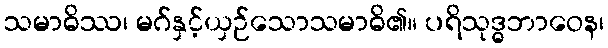
သမာဓိဿ၊ မဂ်နှင့်ယှဉ်သောသမာဓိ၏။ ပရိသုဒ္ဓဘာဝေန၊